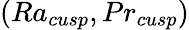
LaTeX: (Ra_{cusp},Pr_{cusp})